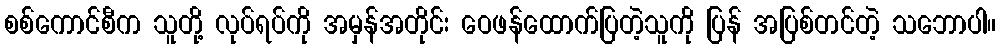
စစ်ကောင်စီက သူတို့ လုပ်ရပ်ကို အမှန်အတိုင်း ဝေဖန်ထောက်ပြတဲ့သူကို ပြန် အပြစ်တင်တဲ့ သဘောပါ။